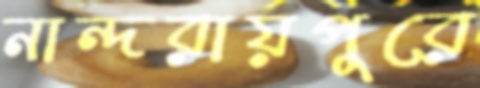
নান্দরায়পুরে